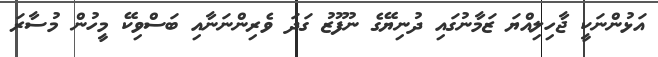
އަޅުންނަކީ ޖާހިލިއްޔަ ޒަމާނުގައި ދުނިޔޭގެ ނުފޫޒު ގަދަ ވެރިންނަނާއި ބަސްވިކޭ މީހުން މުސާރަ